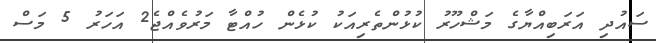
ސައުދި އަރަބިއްޔާގެ މަޝްހޫރު ކުޅުންތެރިއަކު ކުޅެން ހުއްޓާ މަރުވެއްޖެ2 އަހަރު 5 މަސް